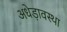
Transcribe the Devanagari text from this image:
अधेड़ावस्था